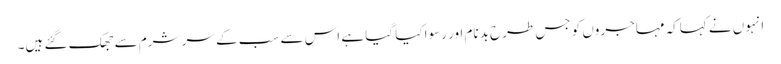
انہوں نے کہاکہ مہاجروں کو جس طرح بدنام اور رسوا کیا گیا ہے اس سے سب کے سر شرم سے جھک گئے ہیں۔